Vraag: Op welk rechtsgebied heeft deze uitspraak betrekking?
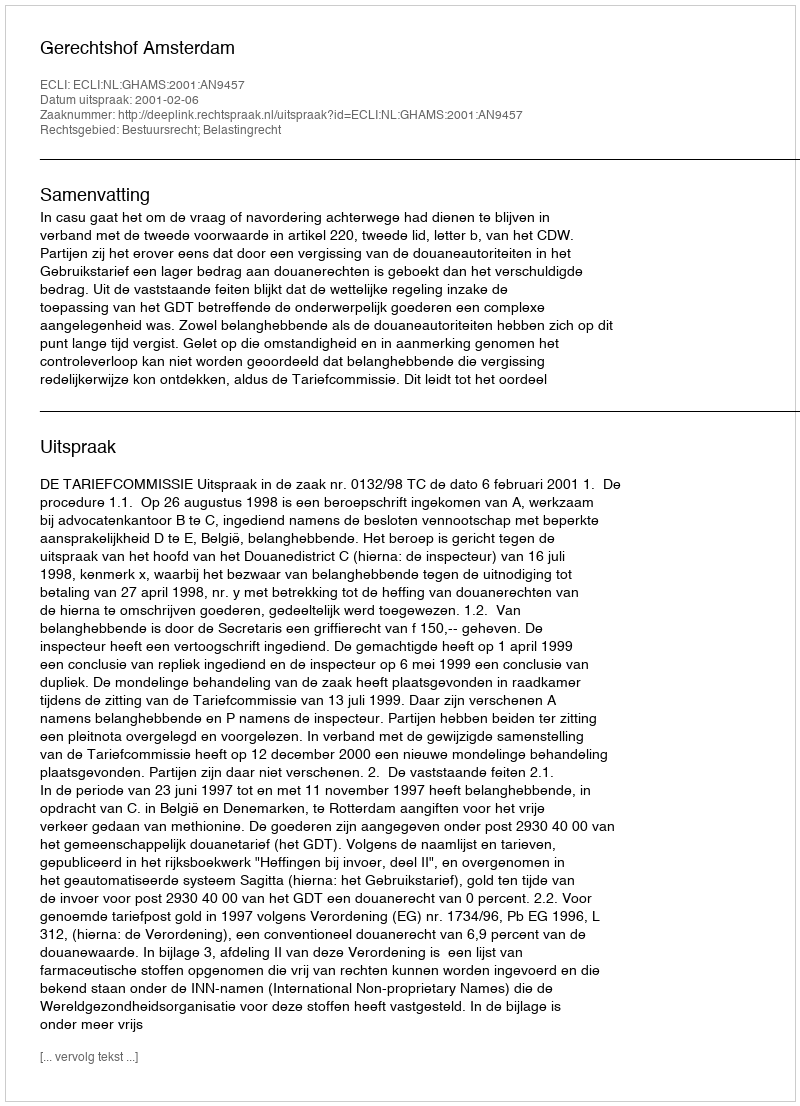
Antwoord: Bestuursrecht; Belastingrecht